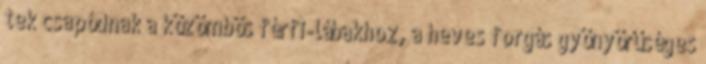
tek csapódnak a közömbös férfi-lábakhoz, a heves forgás gyönyörűséges